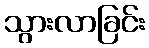
သွားလာခြင်း